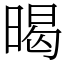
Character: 暍